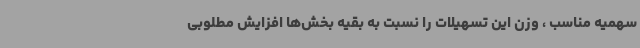
سهمیه مناسب ، وزن این تسهیلات را نسبت به بقیه بخش‌ها افزایش مطلوبی